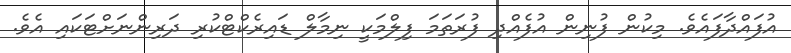
އުފައްދާފައެވެ. މިކުން ފުނިން އުފެއްދި ފުރަތަމަ ފިލްމަކީ ނިމާލް ޑައިރެކްޓްކުރި ދަރިންނަށްޓަކައި އެވެ.